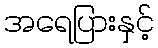
အရေပြားနှင့်